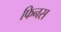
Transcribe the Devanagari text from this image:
फिनस